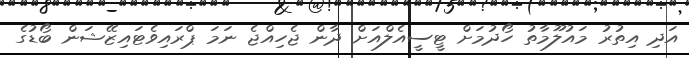
އަދި އިތުރު މައުލޫމާތު ހޯދުމަށް ޓީސީއެލްއަށް ދާން ޖެހިއްޖެ ނަމަ ޕްރައިވެޓައިޒޭޝަން ބޯޑުގެ